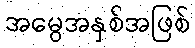
အမွေအနှစ်အဖြစ်